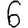
Digit: 6